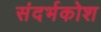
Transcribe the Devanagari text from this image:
संदर्भकोश